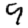
Digit: 9